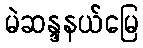
မဲဆန္ဒနယ်မြေ